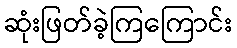
ဆုံးဖြတ်ခဲ့ကြကြောင်း